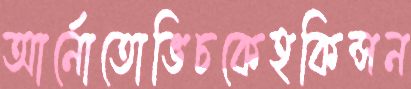
আর্নোতোভিচকেহকিন্সন